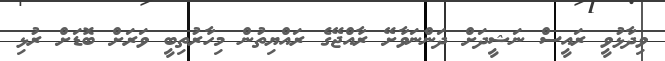
ވިދާޅުވީ ރައީސް ނަޝީދަށް ދަންނަވާށޭ ރާއްޖޭގެ ރައްޔިތުން މިހާރުތިބީ ވަރަށް ބޮޑަށް ރުޅި